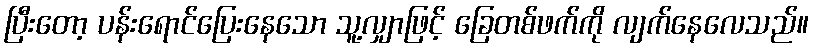
ပြီးတော့ ပန်းရောင်ပြေးနေသော သူ့လျှာဖြင့် ခြေတစ်ဖက်ကို လျက်နေလေသည်။